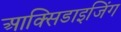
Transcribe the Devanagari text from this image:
आक्सिडाइजिंग